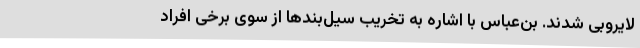
لایروبی شدند. بن‌عباس با اشاره به تخریب سیل‌بندها از سوی برخی افراد